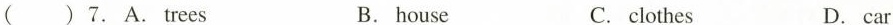
( )7.A.Trees B.house C.clothes D.car